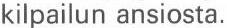
kilpailun ansiosta.